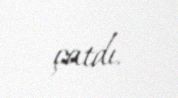
çatdı.